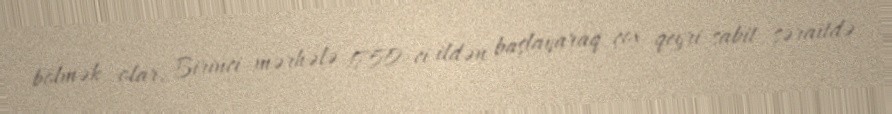
bölmək olar: Birinci mərhələ 1750-ci ildən başlayaraq çox qeyri-sabit şəraitdə